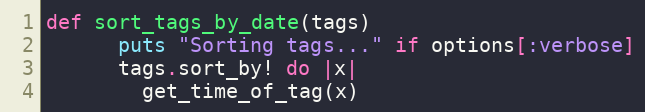
Language: Ruby
def sort_tags_by_date(tags)
      puts "Sorting tags..." if options[:verbose]
      tags.sort_by! do |x|
        get_time_of_tag(x)